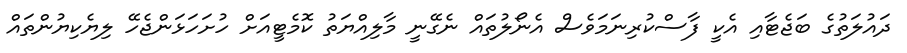
ދައުލަތުގެ ބަޖެޓާއި އެކީ ފާސްކުރިނަމަވެސް އެނޯލުތައް ނެގޭނީ މާލިއްޔަތު ކޮމެޓީއަށް ހުށަހަޅަންޖެހޭ ލިޔެކިޔުންތައް